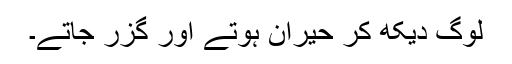
لوگ دیکھ کر حیران ہوتے اور گزر جاتے۔